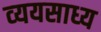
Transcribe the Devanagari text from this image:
व्‍ययसाध्‍य